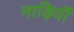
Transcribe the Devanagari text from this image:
नाड़ियॉं